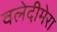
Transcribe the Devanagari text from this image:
वलेदीमेरा